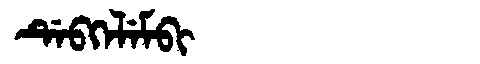
Manchu: ᡩᡝᠪᡴᡝᠯᡝᠮᠪᡳ
Romanization: DEBKELEMBI